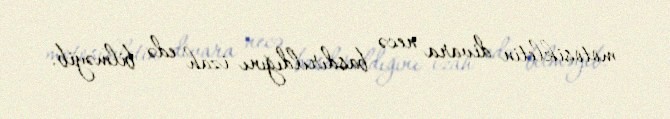
motosikletin divara necə basdırıldığını izah edə bilməyib.